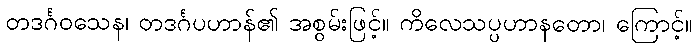
တဒင်္ဂဝသေန၊ တဒင်္ဂပဟာန်၏ အစွမ်းဖြင့်။ ကိလေသပ္ပဟာနတော၊ ကြောင့်။